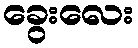
ခွေးလေး